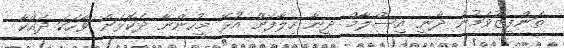
ތަންފީޒުވަމުން ދާނީ އިސްލާމް ދީނާ ހިލާފަށް އުޅޭ މީހުންނާ ދެކޮޅަށް ވާހަކަ ދައްކާ